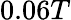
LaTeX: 0.06T